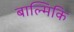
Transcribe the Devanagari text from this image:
बाल्मिकि